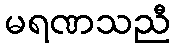
မရဏသညီ